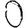
Digit: 0